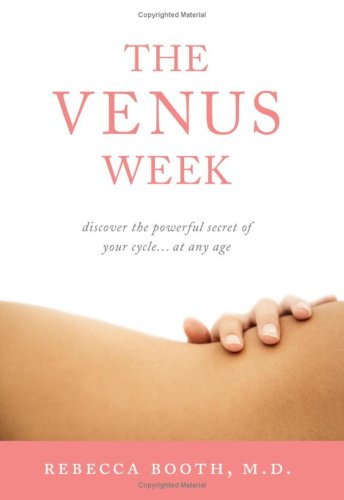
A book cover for The Venus Week: Discover the Powerful Secret of Your Cycle...at Any Age; M.D. Rebecca Booth; Health, Fitness & Dieting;